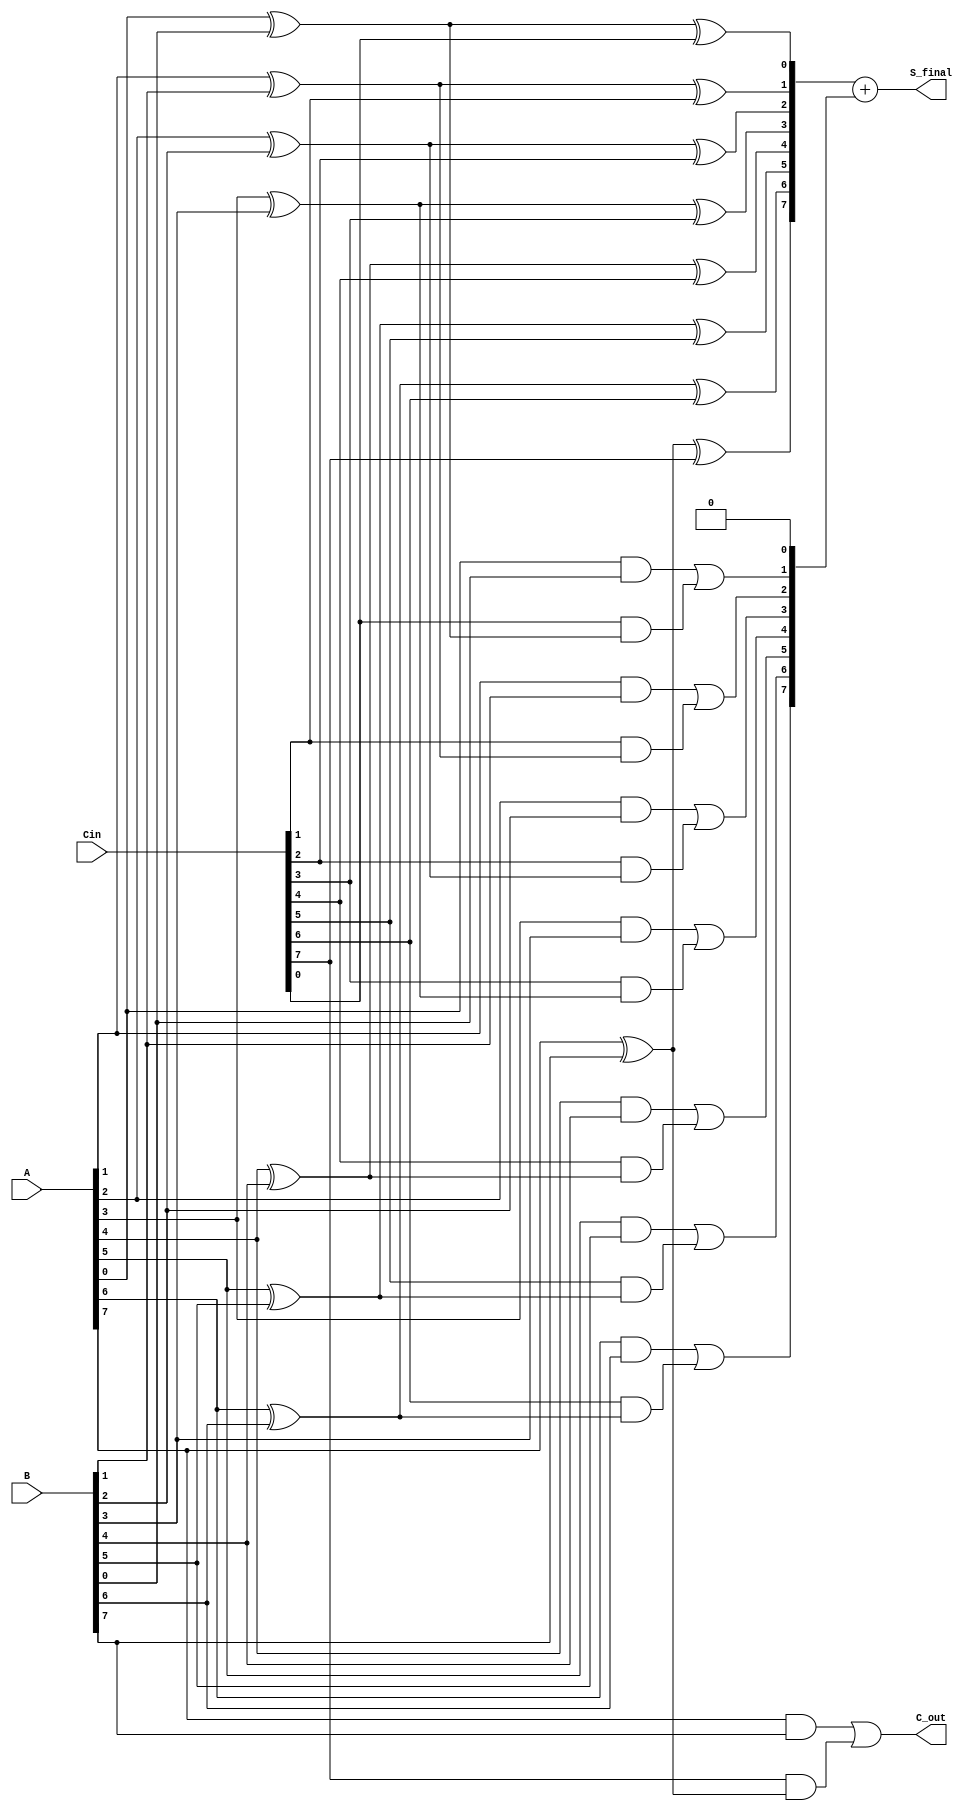
module carry_save_adder #(
    parameter N = 8  // Width of the input vectors
) (
    input  [N-1:0] A,     // Input A
    input  [N-1:0] B,     // Input B
    input  [N-1:0] Cin,   // Carry-in
    output [N-1:0] S_final, // Final Sum output
    output C_out          // Carry-out
);

    wire [N-1:0] S;       // Partial sums
    wire [N:0] C;         // Carry bits (N+1 for carry-out)

    // Generate partial sums and carry bits
    genvar i;
    generate
        for (i = 0; i < N; i = i + 1) begin : CSA
            // Sum calculation
            assign S[i] = A[i] ^ B[i] ^ Cin[i];
            // Carry calculation
            assign C[i+1] = (A[i] & B[i]) | (Cin[i] & (A[i] ^ B[i]));
        end
    endgenerate

    // Carry-out from the last carry bit
    assign C[0] = 0; // Initial carry-in is 0
    assign C_out = C[N]; // Final carry-out

    // Final sum calculation with carry propagation
    assign S_final = S + C[N-1:0]; // Add the last carry to the sum

endmodule